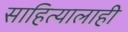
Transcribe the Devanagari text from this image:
साहित्यालाही